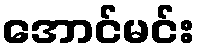
အောင်မင်း